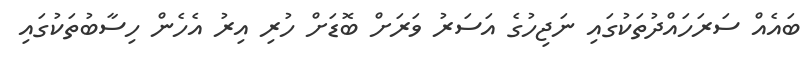
ބައެއް ސަރަަހައްދުތަކުގައި ނަޖިހުގެ އަސަރު ވަރަށް ބޮޑަށް ހުރި އިރު އެހެން ހިސާބުތަކުގައި